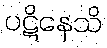
ပဋိနေသိ